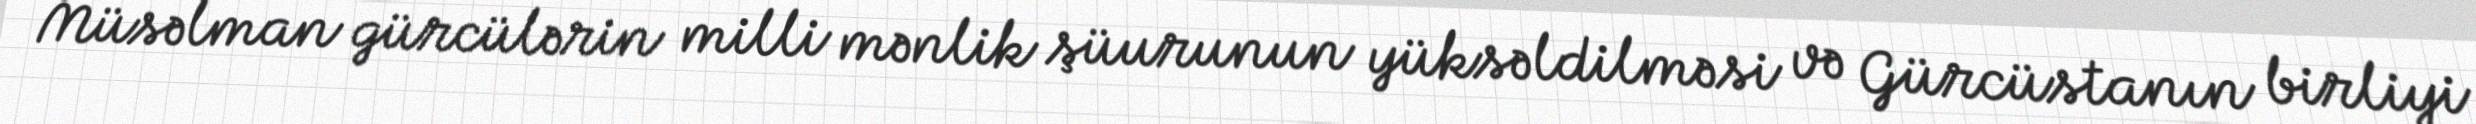
Müsəlman gürcülərin milli mənlik şüurunun yüksəldilməsi və Gürcüstanın birliyi